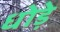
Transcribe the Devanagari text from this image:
धोड़े